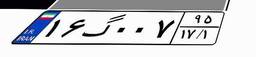
۶۲گ۴۵۱۷۸